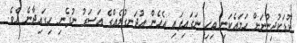
ކުޑަކުދިންނަށް ހަމައެކަނި ބިހި ނަގައިފައި އެހެން އުދަނގުލެއްގެ އަސަރު ނުފެނި ހިގައިދާނެ އެވެ.